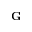
{ \bf G }